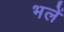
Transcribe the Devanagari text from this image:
भलें